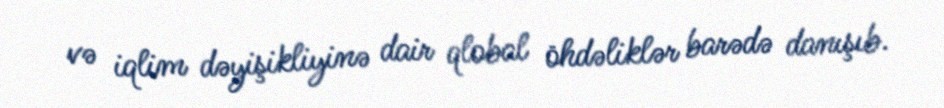
və iqlim dəyişikliyinə dair qlobal öhdəliklər barədə danışıb.